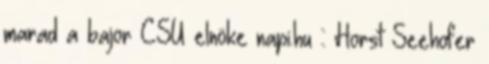
marad a bajor CSU elnöke napi.hu :: Horst Seehofer